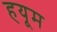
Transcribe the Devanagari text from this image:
हयूम